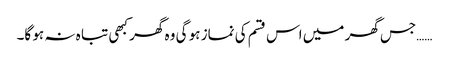
……جس گھر میں اس قسم کی نماز ہو گی وہ گھر کبھی تبا ہ نہ ہو گا۔